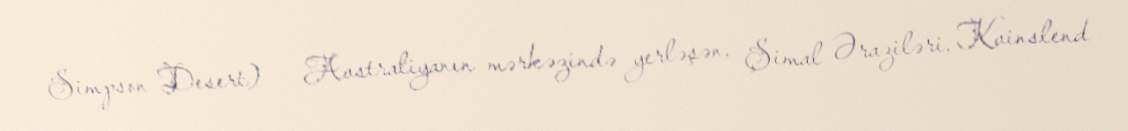
Simpson Desert) — Avstraliyanın mərkəzində yerləşən, Şimal Əraziləri, Kvinslend